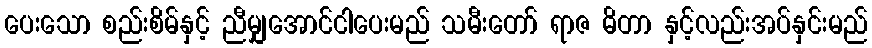
ပေးသော စည်းစိမ်နှင့် ညီမျှအောင်ငါပေးမည် သမီးတော် ရာဇ ဓိတာ နှင့်လည်းအပ်နှင်းမည်